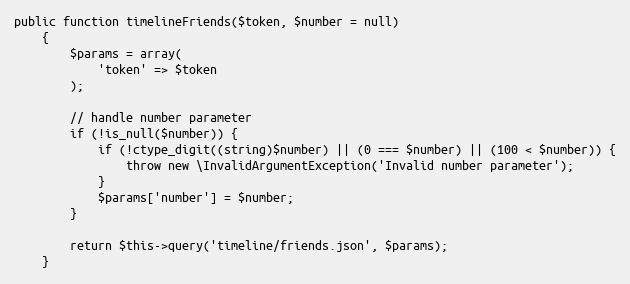
Language: PHP
public function timelineFriends($token, $number = null)
    {
        $params = array(
            'token' => $token
        );

        // handle number parameter
        if (!is_null($number)) {
            if (!ctype_digit((string)$number) || (0 === $number) || (100 < $number)) {
                throw new \InvalidArgumentException('Invalid number parameter');
            }
            $params['number'] = $number;
        }

        return $this->query('timeline/friends.json', $params);
    }